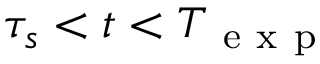
\tau _ { s } < t < T _ { \mathrm { ~ e ~ x ~ p ~ } }